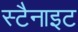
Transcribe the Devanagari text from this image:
स्टैनाइट